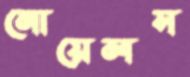
নোয়েলস